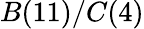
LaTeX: B(11)/C(4)